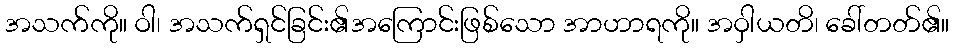
အသက်ကို။ ဝါ၊ အသက်ရှင်ခြင်း၏အကြောင်းဖြစ်သော အာဟာရကို။ အဝှါယတိ၊ ခေါ်တတ်၏။